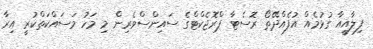
ފިލާއީއާ ގުޅުމެއް އުފެއްދޭތޯ ރޮސެޓާ ޕްރޮޖެކްޓްގެ ސައިންސްވެރިން މި މަހު މަސައްކަތްކުރީ އިރާ